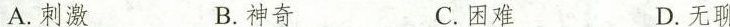
A.刺激B.神奇C.困难D.无聊